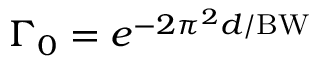
\Gamma _ { 0 } = e ^ { { - 2 \pi ^ { 2 } d } / \mathrm { B W } }